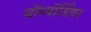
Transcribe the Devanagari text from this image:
बॉम्बॉर्डियर